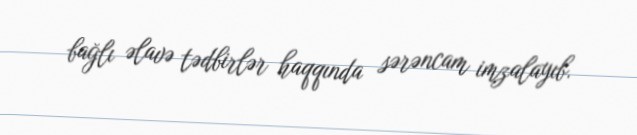
bağlı əlavə tədbirlər haqqında sərəncam imzalayıb.